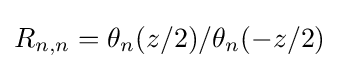
R_{n,n}=\theta _{n}(z/2)/\theta _{n}(-z/2)